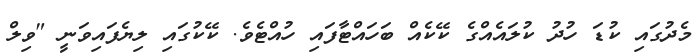
މެދުގައި ކުޑަ ހުދު ކުލައެއްގެ ކޭކެއް ބަހައްޓާފައި ހުއްޓެވެ. ކޭކުގައި ލިޔެފައިވަނީ "ވިލް